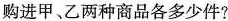
购进甲、乙两种商品各多少件?